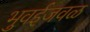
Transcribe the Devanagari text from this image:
भुवईजवळ